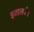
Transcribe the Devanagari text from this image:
इतालवी।